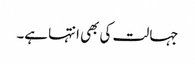
جہالت کی بھی انتہا ہے۔